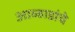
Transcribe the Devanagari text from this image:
आव्हाडांचे